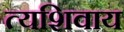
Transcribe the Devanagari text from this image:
त्यशिवाय